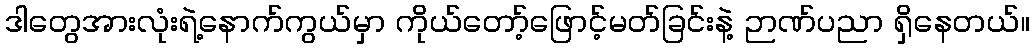
ဒါတွေအားလုံးရဲ့နောက်ကွယ်မှာ ကိုယ်တော့်ဖြောင့်မတ်ခြင်းနဲ့ ဉာဏ်ပညာ ရှိနေတယ်။